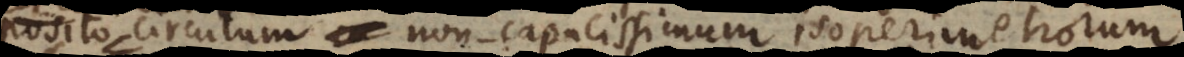
posito circulum ca non‐capacissimum isoperimetrorum